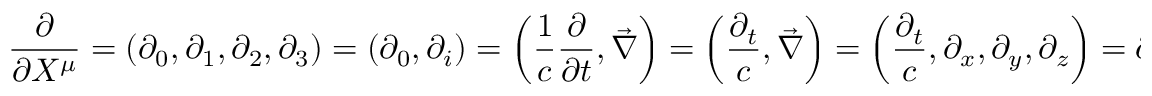
{ \frac { \partial } { \partial X ^ { \mu } } } = \left( \partial _ { 0 } , \partial _ { 1 } , \partial _ { 2 } , \partial _ { 3 } \right) = \left( \partial _ { 0 } , \partial _ { i } \right) = \left( { \frac { 1 } { c } } { \frac { \partial } { \partial t } } , { \vec { \nabla } } \right) = \left( { \frac { \partial _ { t } } { c } } , { \vec { \nabla } } \right) = \left( { \frac { \partial _ { t } } { c } } , \partial _ { x } , \partial _ { y } , \partial _ { z } \right) = \partial _ { \mu } = { } _ { , \mu }